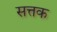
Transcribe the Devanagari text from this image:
सत्तक